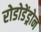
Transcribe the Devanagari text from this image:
रोडोडेंड्रोन